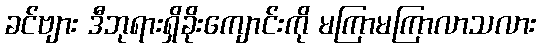
ခင်ဗျား ဒီဘုရားရှိခိုးကျောင်းကို မကြာမကြာလာသလား